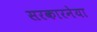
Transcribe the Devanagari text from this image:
सरकारनेया